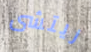
ريتشى